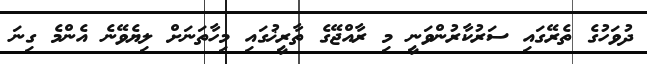
ދުވަހުގެ ތެރޭގައި ސަރުކާރުންވަނީ މި ރާއްޖޭގެ ތާރީޚުގައި މިހާތަނަށް ލިޔެވޭނެ އެންމެ ގިނަ